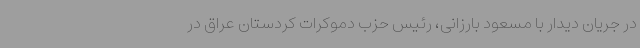
در جریان دیدار با مسعود بارزانی، رئیس حزب دموکرات کردستان عراق در